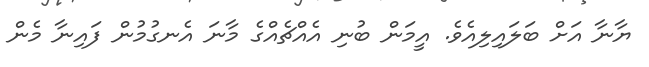
ޔާނާ އަށް ބަލައިލިއެވެ. އީމަން ބުނި އެއްޗެއްގެ މާނަ އެނގުމުން ފައިނާ މެން